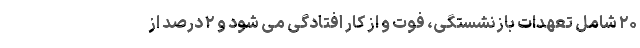
۲۰ شامل تعهدات بازنشستگی، فوت و از کار افتادگی می شود و ۲ درصد از